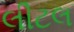
લીટલ